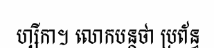
ហ្សីកា។ លោកបន្តថា ប្រព័ន្ធ